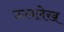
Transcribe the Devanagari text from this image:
ऊललेख